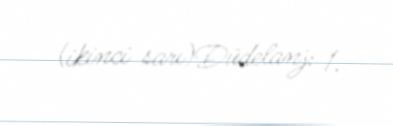
(ikinci sarı)Düdelanj: 1.